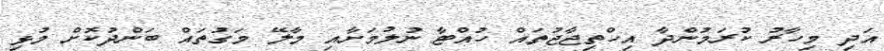
އަދި މިހާރު ކުރަމުންދާ އިހްތިޖާޖުތައް ހުއްޓާ ނުލުމަށާއި މާލޭ މަގުތައް ބަންދުކޮށް މުޅި